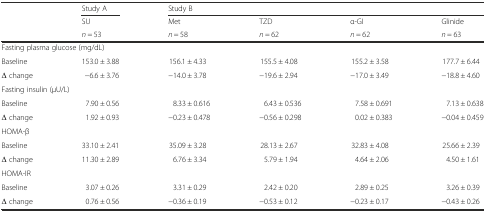
| <ROWSPAN=3>  | Study A | <COLSPAN=4> Study B |
 | SU | Met | TZD | α-GI | Glinide |
 | n = 53 | n = 58 | n = 62 | n = 62 | n = 63 |
 | --- | --- | --- | --- | --- | --- |
 | <COLSPAN=6> Fasting plasma glucose (mg/dL) |
 | Baseline | 153.0 ± 3.88 | 156.1 ± 4.33 | 155.5 ± 4.08 | 155.2 ± 3.58 | 177.7 ± 6.44 |
 | Δ change | −6.6 ± 3.76 | −14.0 ± 3.78 | −19.6 ± 2.94 | −17.0 ± 3.49 | −18.8 ± 4.60 |
 | <COLSPAN=6> Fasting insulin (μU/L) |
 | Baseline | 7.90 ± 0.56 | 8.33 ± 0.616 | 6.43 ± 0.536 | 7.58 ± 0.691 | 7.13 ± 0.638 |
 | Δ change | 1.92 ± 0.93 | −0.23 ± 0.478 | −0.56 ± 0.298 | 0.02 ± 0.383 | −0.04 ± 0.459 |
 | <COLSPAN=6> HOMA-β |
 | Baseline | 33.10 ± 2.41 | 35.09 ± 3.28 | 28.13 ± 2.67 | 32.83 ± 4.08 | 25.66 ± 2.39 |
 | Δ change | 11.30 ± 2.89 | 6.76 ± 3.34 | 5.79 ± 1.94 | 4.64 ± 2.06 | 4.50 ± 1.61 |
 | <COLSPAN=6> HOMA-IR |
 | Baseline | 3.07 ± 0.26 | 3.31 ± 0.29 | 2.42 ± 0.20 | 2.89 ± 0.25 | 3.26 ± 0.39 |
 | Δ change | 0.76 ± 0.56 | −0.36 ± 0.19 | −0.53 ± 0.12 | −0.23 ± 0.17 | −0.43 ± 0.26 |